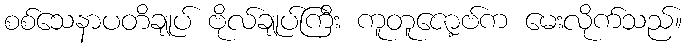
စစ်သေနာပတိချုပ် ဗိုလ်ချုပ်ကြီး ကူတူဇော့ဗ်က မေးလိုက်သည်။